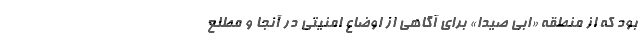
بود که از منطقه «ابی صیدا» برای آگاهی از اوضاع امنیتی در آنجا و مطلع